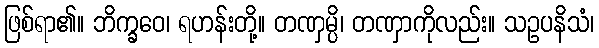
ဖြစ်ရာ၏။ ဘိက္ခဝေ၊ ရဟန်းတို့။ တဏှမ္ပိ၊ တဏှာကိုလည်း။ သဥပနိသံ၊